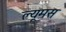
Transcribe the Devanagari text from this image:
ल्यूमस